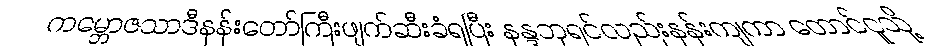
ကမ္ဘောဇသာဒီနန်းတော်ကြီးဖျက်ဆီးခံရပြီး နန္ဒဘုရင်လည်းနန်းကျကာ တောင်ငူသို့